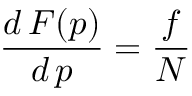
\frac { d \, F ( p ) } { d \, p } = \frac { f } { N }